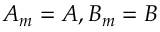
A _ { m } = A , B _ { m } = B